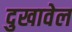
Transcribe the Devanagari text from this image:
दुखावेल